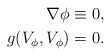
\begin{align*}\nabla \phi & \equiv 0, \\g(V_{\phi},V_{\phi}) & = 0.\end{align*}